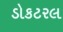
ડોકટરલ